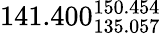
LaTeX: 141.400_{135.057}^{150.454}